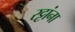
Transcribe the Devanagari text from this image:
रट्टांना